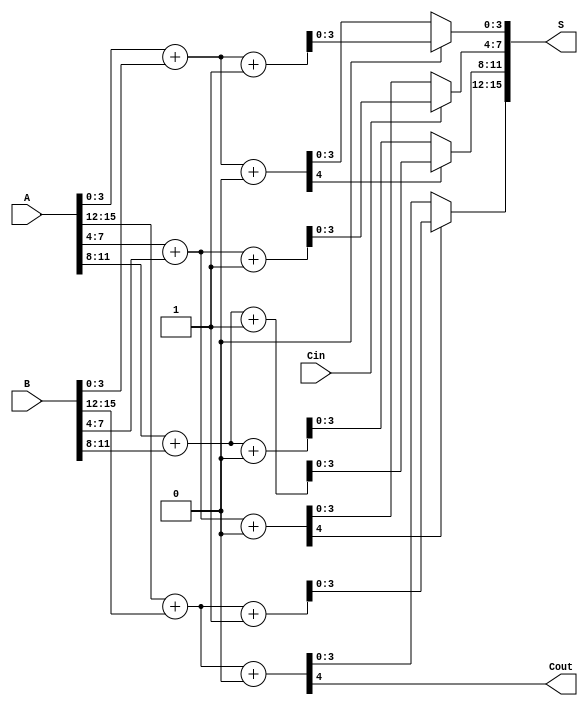
module RCCS_Adder #(parameter n = 16, parameter group_size = 4) (
    input [n-1:0] A,
    input [n-1:0] B,
    input Cin,
    output [n-1:0] S,
    output Cout
);

    localparam num_groups = n / group_size;

    wire [group_size-1:0] Sum0 [0:num_groups-1]; // Sum when Cin = 0
    wire [group_size-1:0] Sum1 [0:num_groups-1]; // Sum when Cin = 1
    wire [num_groups:0] Carry; // Carry from each group
    wire [num_groups-1:0] Cout_group; // Carry out from each group

    // Generate the groups
    genvar i;
    generate
        for (i = 0; i < num_groups; i = i + 1) begin : adder_group
            wire [group_size-1:0] A_group = A[i*group_size +: group_size];
            wire [group_size-1:0] B_group = B[i*group_size +: group_size];
            
            // Full Adders for Cin = 0
            assign {Cout_group[i], Sum0[i]} = A_group + B_group + 1'b0;

            // Full Adders for Cin = 1
            assign {Cout_group[i], Sum1[i]} = A_group + B_group + 1'b1;

            // Select carry for the next group
            assign Carry[i + 1] = (i == 0) ? Cin : Cout_group[i - 1];
        end
    endgenerate

    // MUX for selecting the output sum and carry out for each group
    generate
        for (i = 0; i < num_groups; i = i + 1) begin : mux_group
            assign S[i*group_size +: group_size] = Carry[i] ? Sum1[i] : Sum0[i];
        end
    endgenerate

    // Final carry out
    assign Cout = Cout_group[num_groups - 1];

endmodule